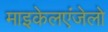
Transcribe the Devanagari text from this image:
माइकेलएंजेलो